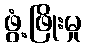
ဖွံ့ဖြိုးမှု